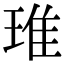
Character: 琟